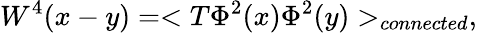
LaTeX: W^{4}(x-y)=<T\Phi^{2}(x)\Phi^{2}(y)>_{connected},